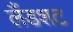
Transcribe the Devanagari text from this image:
लैंडशट